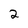
Character: 2